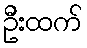
ဦးထက်